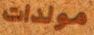
مولدات